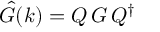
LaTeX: \hat { G } ( k ) = Q \, G \, Q ^ { \dagger }